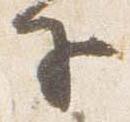
子